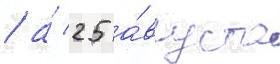
/ а́ 25 а́вгуста